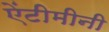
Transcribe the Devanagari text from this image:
ऐंटीमीनी